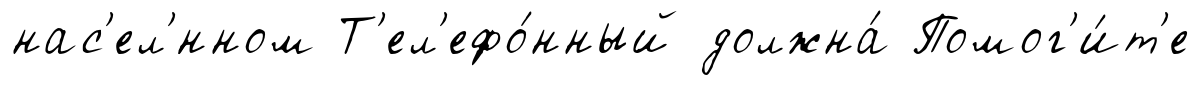
нас'ел'́нном Т'ел'ефо́нный должна́ Помог'и́т'е